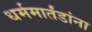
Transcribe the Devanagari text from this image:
धर्ममार्तंडांना